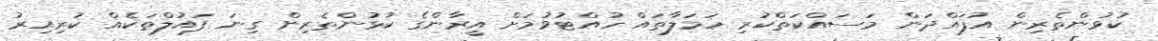
ކުޅުންތެރިން އުފައްދަން މަސައްކަތްކުރި ހަމަލާތައް ހުއްޓުވުމަށް އީރާންގެ ކުޅުންތެރިން ގިނަ ފައުލްތަކެއް ކުރިއިރު